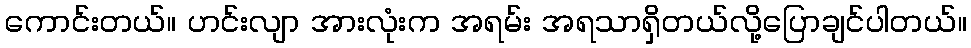
ကောင်းတယ်။ ဟင်းလျာ အားလုံးက အရမ်း အရသာရှိတယ်လို့ပြောချင်ပါတယ်။